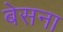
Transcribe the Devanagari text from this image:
बेसना